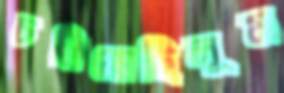
চরিয়েছিলুম